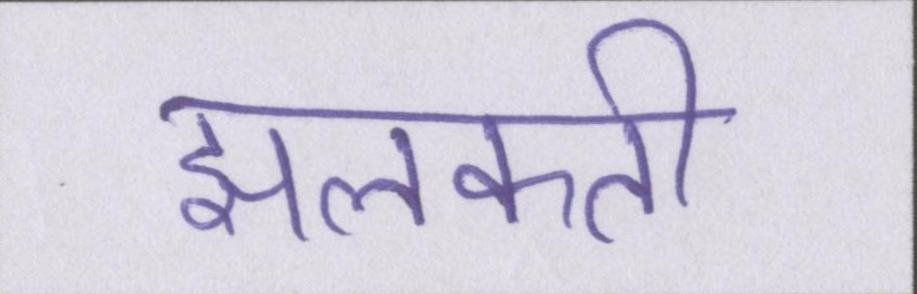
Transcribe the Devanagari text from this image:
झलकती